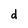
Character: d